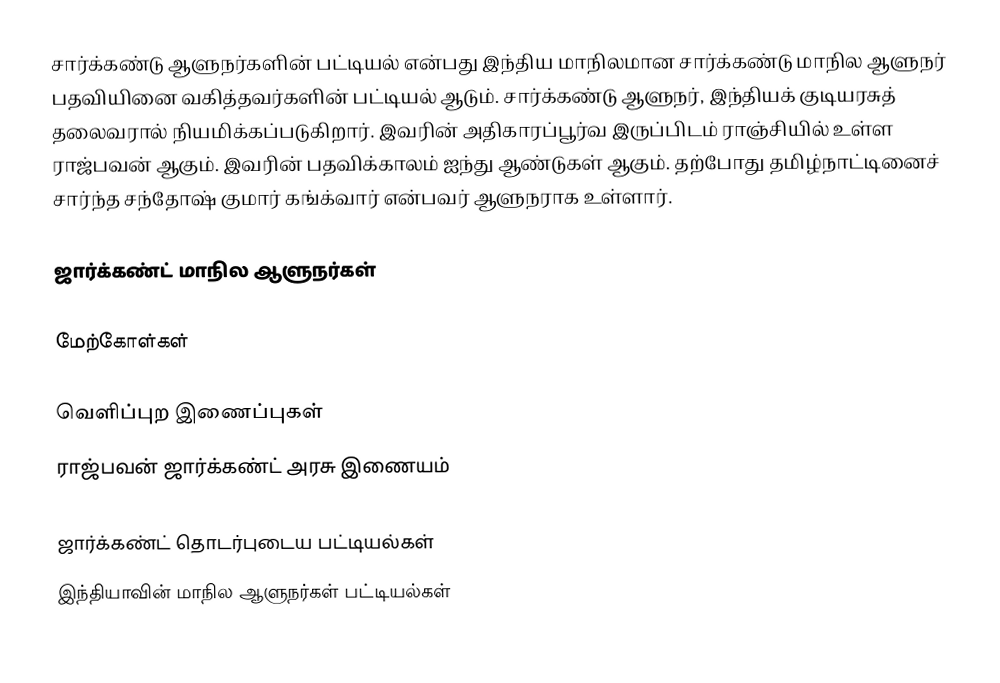
சார்க்கண்டு ஆளுநர்களின் பட்டியல் என்பது இந்திய மாநிலமான சார்க்கண்டு மாநில ஆளுநர் பதவியினை வகித்தவர்களின் பட்டியல் ஆடும். சார்க்கண்டு ஆளுநர், இந்தியக் குடியரசுத் தலைவரால் நியமிக்கப்படுகிறார். இவரின் அதிகாரப்பூர்வ இருப்பிடம் ராஞ்சியில் உள்ள ராஜ்பவன் ஆகும். இவரின் பதவிக்காலம் ஐந்து ஆண்டுகள் ஆகும். தற்போது தமிழ்நாட்டினைச் சார்ந்த சந்தோஷ் குமார் கங்க்வார் என்பவர் ஆளுநராக உள்ளார்.

ஜார்க்கண்ட் மாநில ஆளுநர்கள்

மேற்கோள்கள்

வெளிப்புற இணைப்புகள்
 ராஜ்பவன் ஜார்க்கண்ட் அரசு இணையம்

ஜார்க்கண்ட் தொடர்புடைய பட்டியல்கள்
இந்தியாவின் மாநில ஆளுநர்கள் பட்டியல்கள்